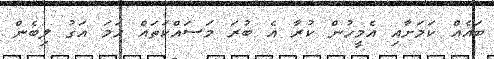
ބައެއް ކަމަށާއި އެމީހުން ކުރާ އެ ބުރަ މަސައްކަތައް ހަމަ އަގު ލިބެން